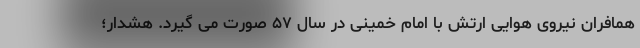
همافران نیروی هوایی ارتش با امام خمینی در سال ۵۷ صورت می گیرد. هشدار؛